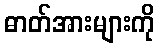
ဓာတ်အားများကို